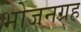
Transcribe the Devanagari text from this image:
भोजनग्रह